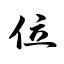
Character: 位